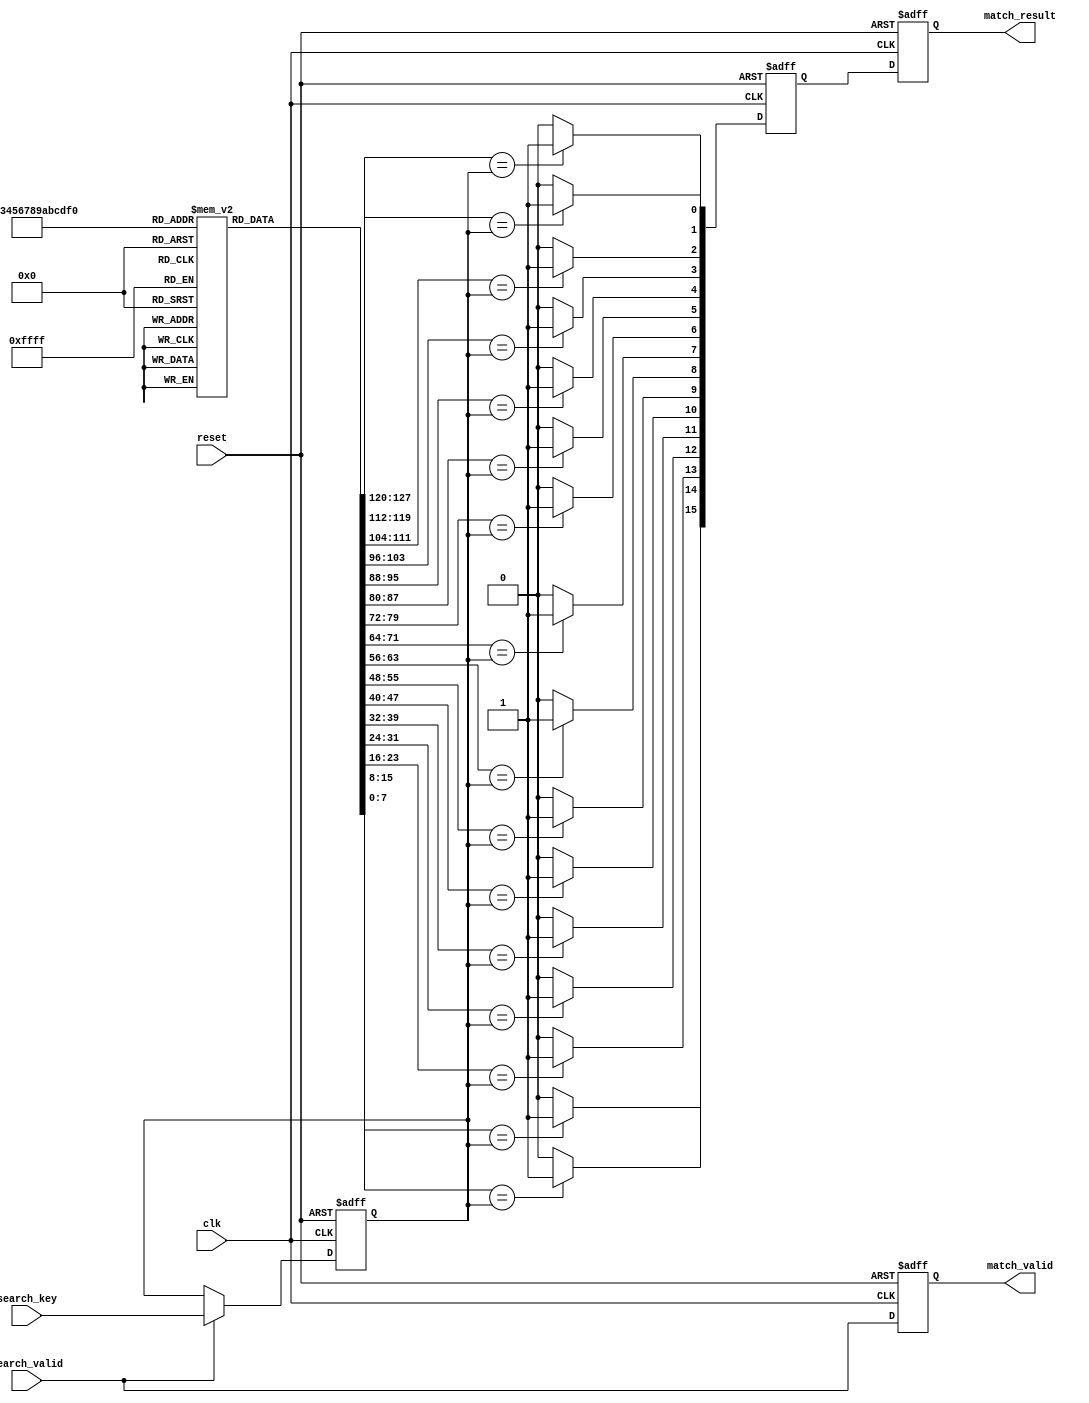
module pipelined_cam #(
    parameter N = 16, // Number of entries
    parameter W = 8    // Width of each entry
)(
    input wire clk,
    input wire reset,
    input wire [W-1:0] search_key,
    input wire search_valid,
    output reg [N-1:0] match_result,
    output reg match_valid
);

// Memory array storage
reg [W-1:0] memory_array [0:N-1];

// Pipeline stages
reg [W-1:0] search_key_stage;
reg [N-1:0] comparison_stage;
reg [N-1:0] match_result_stage;

// Initialization for memory array
integer i;
initial begin
    // Example initialization (can be modified as needed)
    memory_array[0] = 8'hFF;
    memory_array[1] = 8'hAA;
    memory_array[2] = 8'h55;
    // Initialize other entries as required
    for (i = 3; i < N; i = i + 1) begin
        memory_array[i] = 8'h00; // Default value
    end
end

// Input stage: Capture the search key
always @(posedge clk or posedge reset) begin
    if (reset) begin
        search_key_stage <= 0;
    end else if (search_valid) begin
        search_key_stage <= search_key;
    end
end

// Comparison stage: Compare the search key against memory entries
always @(posedge clk or posedge reset) begin
    if (reset) begin
        comparison_stage <= 0;
    end else begin
        comparison_stage <= 0;
        for (i = 0; i < N; i = i + 1) begin
            if (memory_array[i] == search_key_stage) begin
                comparison_stage[i] <= 1'b1; // Match found
            end else begin
                comparison_stage[i] <= 1'b0; // No match
            end
        end
    end
end

// Output stage: Collect match results and indicate validity
always @(posedge clk or posedge reset) begin
    if (reset) begin
        match_result <= 0;
        match_valid <= 1'b0;
    end else begin
        match_result <= comparison_stage; // Output the match results
        match_valid <= search_valid; // Indicate that match results are valid
    end
end

endmodule